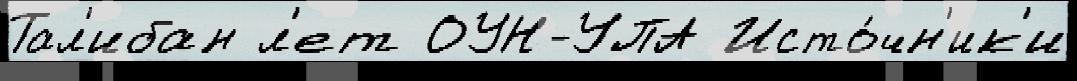
Тал'ибан л'ет ОУН-УПА Исто́чн'ик'и